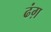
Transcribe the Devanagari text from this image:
ढंग़